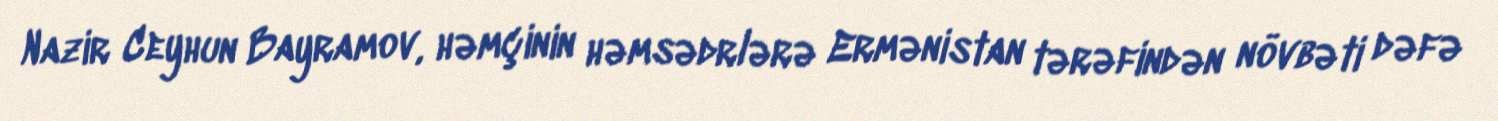
Nazir Ceyhun Bayramov, həmçinin həmsədrlərə Ermənistan tərəfindən növbəti dəfə